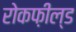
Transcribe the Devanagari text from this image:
रोकफ़ील्ड